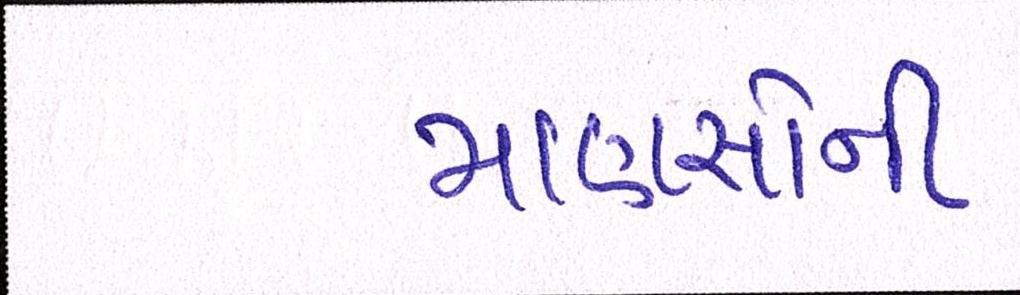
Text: માણસોની